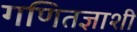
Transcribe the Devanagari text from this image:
गणितज्ञाशी